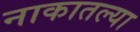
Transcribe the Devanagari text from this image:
नाकातल्या